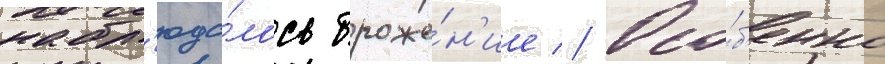
набл'юда́лось броже́н'ие // Осо́б'енно